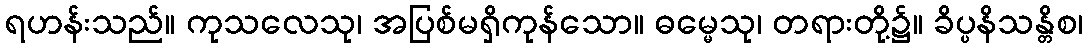
ရဟန်းသည်။ ကုသလေသု၊ အပြစ်မရှိကုန်သော။ ဓမ္မေသု၊ တရားတို့၌။ ခိပ္ပနိသန္တိစ၊